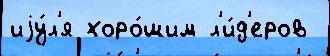
иjу́л'я хоро́шим л'и́д'еров